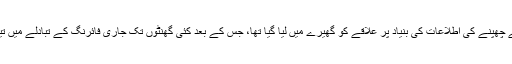
بھارتی فوج کے مطابق کلغام کے جنوبی گاؤں میں باغیوں کے چھپنے کی اطلاعات کی بنیاد پر علاقے کو گھیرے میں لیا گیا تھا، جس کے بعد کئی گھنٹوں تک جاری فائرنگ کے تبادلے میں تین مشتبہ عسکریت پسند ہلاک جبکہ دو فوجی زخمی ہوئے ہیں۔